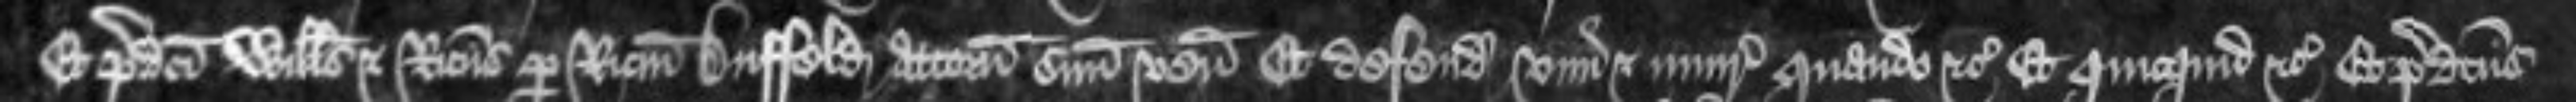
Et predicti Willelmus et Ricardus per Ricardum Duffeld attornatum suum veniunt et defendunt vim et iniuriam quando etc Et quicquid etc Et predictus